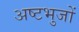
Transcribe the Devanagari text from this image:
अष्टभुजों